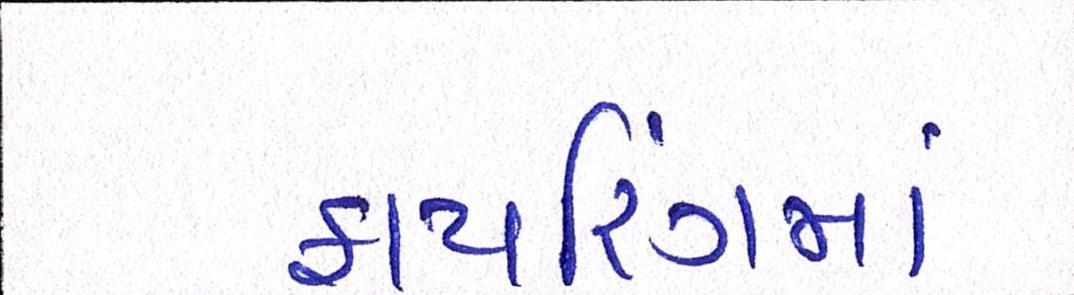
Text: ફાયરિંગમાં